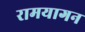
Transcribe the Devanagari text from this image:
रामयागन